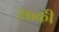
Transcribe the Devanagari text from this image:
सब्की